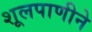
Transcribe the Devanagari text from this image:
शूलपाणीने